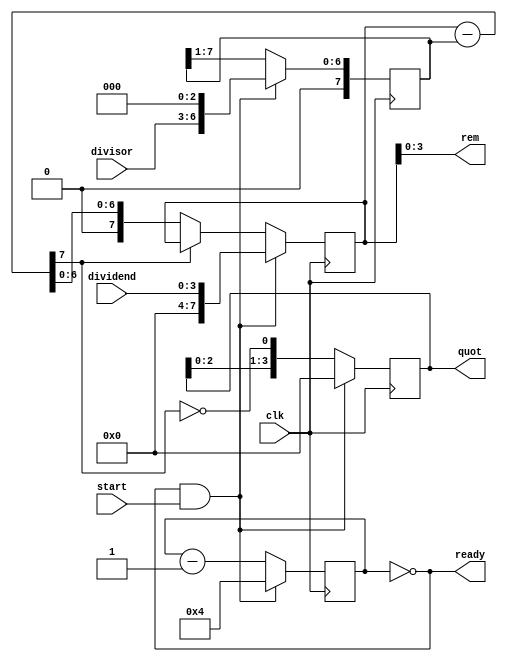
module div_4b (dividend, divisor, start, clk, quot, rem, ready);

input [3:0] dividend;
input [3:0] divisor;
input start, clk;
 
output [3:0] quot;
output [3:0] rem;
output ready;

reg [3:0] quot;
reg [7:0] dividendcopy, divisorcopy, diff;
wire [3:0] rem = dividendcopy[3:0];
reg [4:0] bit;
wire ready = !bit;

initial bit = 0;

always @(posedge clk)
begin
	if(ready&&start) begin
		bit = 4;
		quot = 0;
		dividendcopy = {4'd0,dividend};
		divisorcopy = {1'b0,divisor,3'd0};
	end 
	else begin
		diff = dividendcopy - divisorcopy;
        	quot = { quot[2:0], ~diff[7] };
        	divisorcopy = { 1'b0, divisorcopy[7:1] };
        	if ( !diff[7] ) dividendcopy = diff;
        	bit = bit - 1;
	end
end
endmodule




/*
//copy variables
	reg [3:0] ac, bc, temp;
	integer j;

	always @(a or b) begin
	ac = a;
	bc = b;
	temp = 0;
	for(j=0; j<4; j = j+1) begin
		temp = {temp[2:0], bc[3]};
		bc[3:1] = bc[2:0];
		temp = temp-bc;
		if (temp[3]==1) begin
			bc[0] = 0;
			temp = temp + ac;
		end
		else begin
			bc[0] = 1;
		end
	end
	quot = bc;
	rem = b - (ac*bc);
	end
endmodule
*/